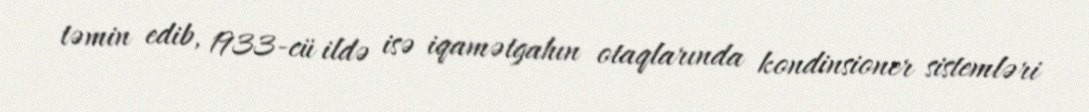
təmin edib, 1933-cü ildə isə iqamətgahın otaqlarında kondinsioner sistemləri